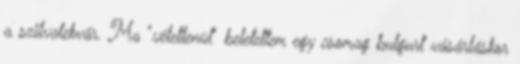
a szilvalekvár. Ma "véletlenül" beletettem egy csomag bulgurt vásárláskor